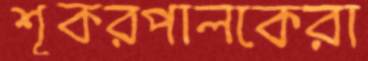
শূকরপালকেরা